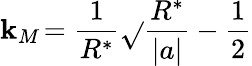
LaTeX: \mathbf{k}_{M}\! =\frac{{1}}{{R^{*}}}\sqrt{}{{\frac{{R^{*}}}{{|a|}}-\frac{{1}}{{2}}}}